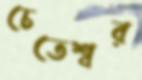
চেতেশ্বর